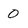
Character: O